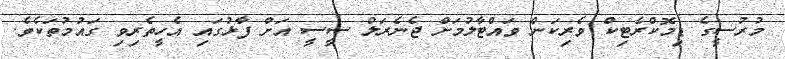
މުރުސީގެ ޑިމޮކްރެޓިކް ވެރިކަން ވައްޓާލުމަށް ޖެނެރަލް ސީސީ އަށް ފާޅުގައި އެހީތެރިވި ގައުމުތަކެވެ.